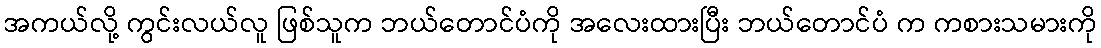
အကယ်လို့ ကွင်းလယ်လူ ဖြစ်သူက ဘယ်တောင်ပံကို အလေးထားပြီး ဘယ်တောင်ပံ က ကစားသမားကို